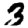
Digit: 3